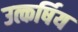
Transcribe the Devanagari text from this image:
उत्कर्षिय